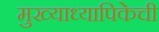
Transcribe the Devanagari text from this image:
मुख्याध्यापिकेची